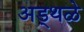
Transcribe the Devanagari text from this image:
अड्थळे